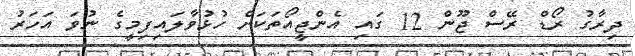
ދިރާގު ރޯޑް ރޭސް ޖޫން 12 ގައި އެންޖީއޯތަކަށް ހުޅުވާލައިފިމީގެ ނުވަ އަހަރު